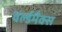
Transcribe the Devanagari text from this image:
वर्ल्डमैक्स